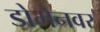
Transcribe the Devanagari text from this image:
डोमेनवर